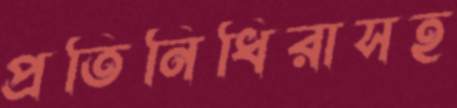
প্রতিনিধিরাসহ